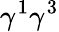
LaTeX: \gamma^{1}\gamma^{3}